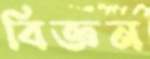
বিজ্ঞন